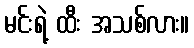
မင်းရဲ့ ထီး အသစ်လား။